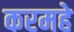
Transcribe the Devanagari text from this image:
करमहे